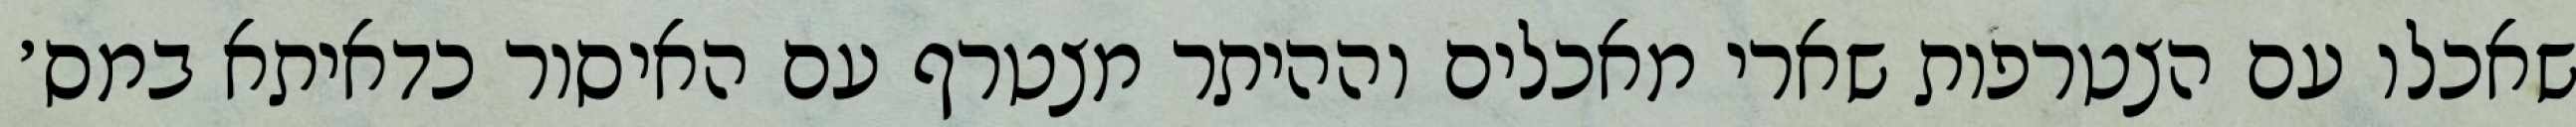
שאכלו עם הצטרפות שארי מאכלים וההיתר מצטרף עם האיסור כדאיתא במס׳